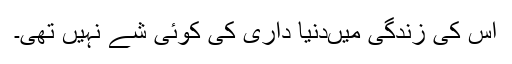
اس کی زندگی میںدنیا داری کی کوئی شے نہیں تھی۔